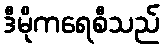
ဒီမိုကရေစီသည်